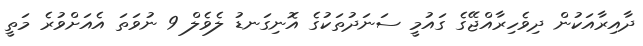
ދާއިރާއަކުން ދިވެހިރާއްޖޭގެ ގައުމީ ސަނަދުތަކުގެ އޮނިގަނޑު ލެވެލް 9 ނުވަތަ އެއަށްވުރެ މަތީ